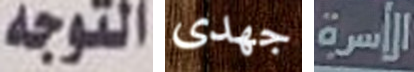
التوجه جهدى الأسرة